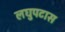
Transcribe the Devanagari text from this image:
लघुपटास